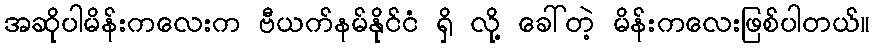
အဆိုပါမိန်းကလေးက ဗီယက်နမ်နိုင်ငံ ရှိ လို့ ခေါ်တဲ့ မိန်းကလေးဖြစ်ပါတယ်။